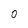
Character: 0